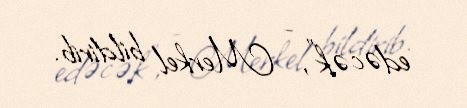
edəcək", - Merkel bildirib.